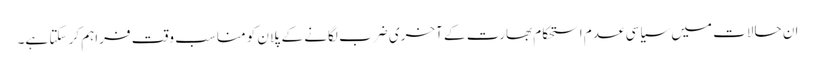
ان حالات میں سیاسی عدم استحکام بھارت کے آخری ضرب لگانے کے پلان کو مناسب وقت فراہم کر سکتا ہے۔